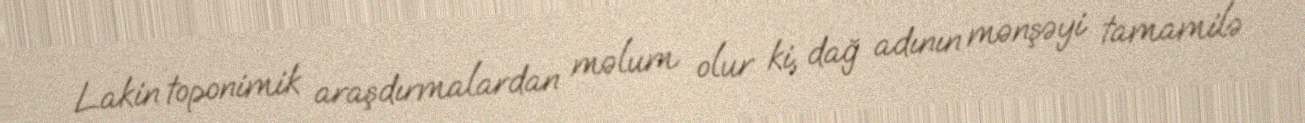
Lakin toponimik araşdırmalardan məlum olur ki, dağ adının mənşəyi tamamilə